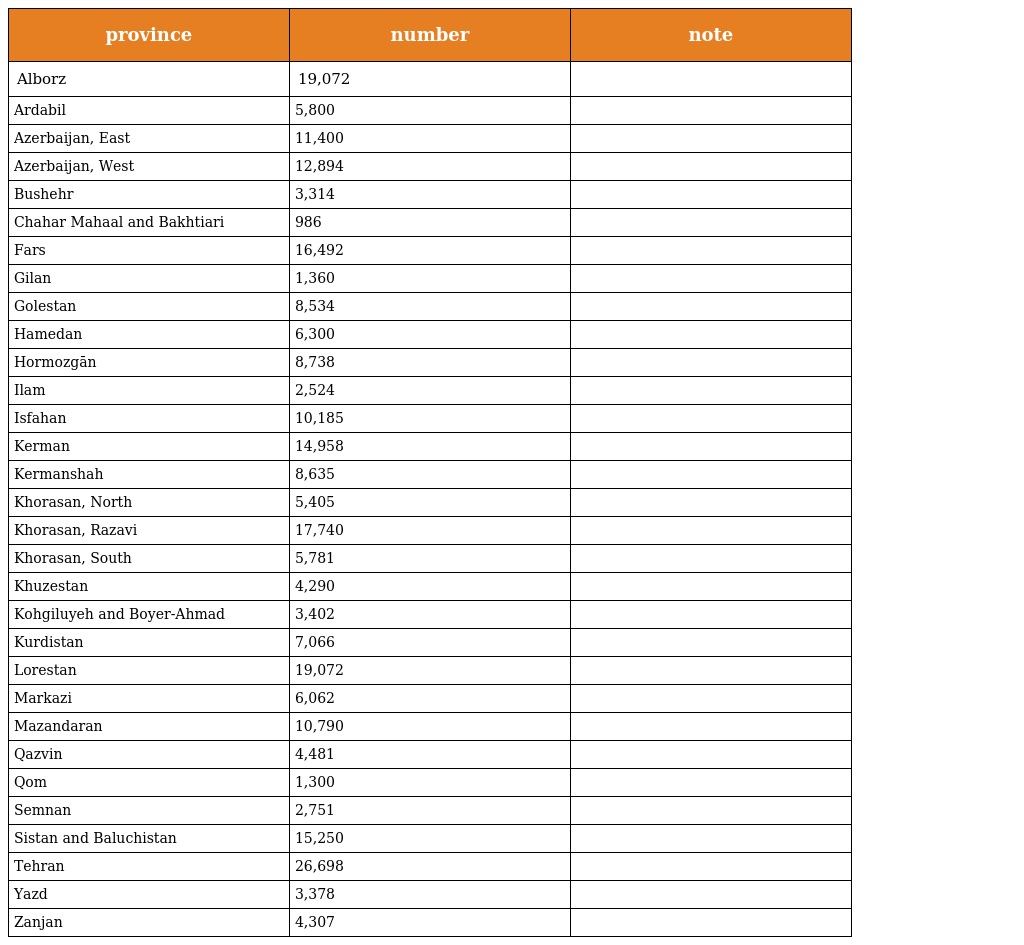
| province | number | note |
 | --- | --- | --- |
 | Alborz | 19,072 |  |
 | Ardabil | 5,800 |  |
 | Azerbaijan, East | 11,400 |  |
 | Azerbaijan, West | 12,894 |  |
 | Bushehr | 3,314 |  |
 | Chahar Mahaal and Bakhtiari | 986 |  |
 | Fars | 16,492 |  |
 | Gilan | 1,360 |  |
 | Golestan | 8,534 |  |
 | Hamedan | 6,300 |  |
 | Hormozgān | 8,738 |  |
 | Ilam | 2,524 |  |
 | Isfahan | 10,185 |  |
 | Kerman | 14,958 |  |
 | Kermanshah | 8,635 |  |
 | Khorasan, North | 5,405 |  |
 | Khorasan, Razavi | 17,740 |  |
 | Khorasan, South | 5,781 |  |
 | Khuzestan | 4,290 |  |
 | Kohgiluyeh and Boyer-Ahmad | 3,402 |  |
 | Kurdistan | 7,066 |  |
 | Lorestan | 19,072 |  |
 | Markazi | 6,062 |  |
 | Mazandaran | 10,790 |  |
 | Qazvin | 4,481 |  |
 | Qom | 1,300 |  |
 | Semnan | 2,751 |  |
 | Sistan and Baluchistan | 15,250 |  |
 | Tehran | 26,698 |  |
 | Yazd | 3,378 |  |
 | Zanjan | 4,307 |  |